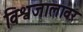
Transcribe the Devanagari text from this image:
विश्वजालावर